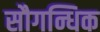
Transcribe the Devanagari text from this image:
सौगन्धिक